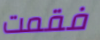
فقمت